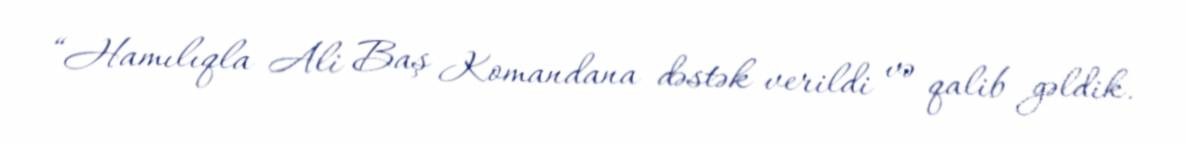
“Hamılıqla Ali Baş Komandana dəstək verildi və qalib gəldik.